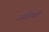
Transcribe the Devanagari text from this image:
अशिको